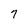
Character: 7